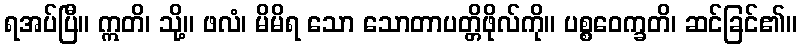
ရအပ်ပြီ။ ဣတိ၊ သို့။ ဖလံ၊ မိမိရ သော သောတာပတ္တိဖိုလ်ကို။ ပစ္စဝေက္ခတိ၊ ဆင်ခြင်၏။